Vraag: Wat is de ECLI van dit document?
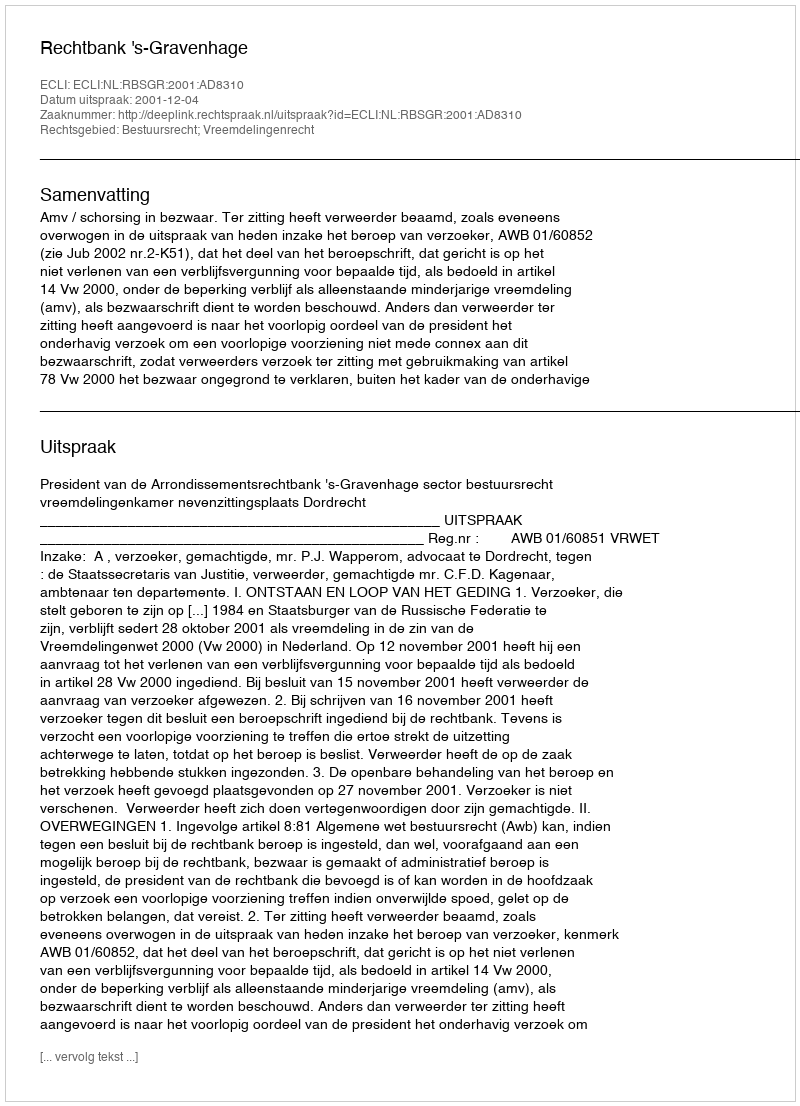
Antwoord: ECLI:NL:RBSGR:2001:AD8310